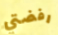
رفضتي